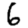
Digit: 6